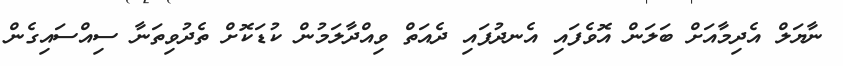
ނާޔަލް އެދިމާއަށް ބަލަން އޮވެފައި އެނދުފައި ދެއަތް ވިއްދާލަމުން ކުޑަކޮށް ތެދުވިތަނާ ސިއްސައިގެން